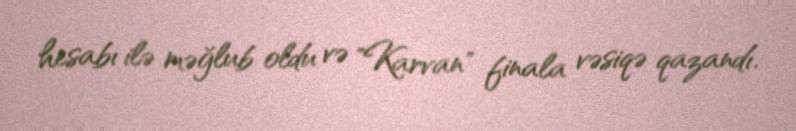
hesabı ilə məğlub oldu və "Karvan" finala vəsiqə qazandı.